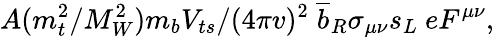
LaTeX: A(m_{t}^{2}/M_{W}^{2})m_{b}V_{ts}/(4\pi v)^{2}~\overline{{{b}}}_{R}\sigma_{\mu\nu}s_{L}~eF^{\mu\nu},